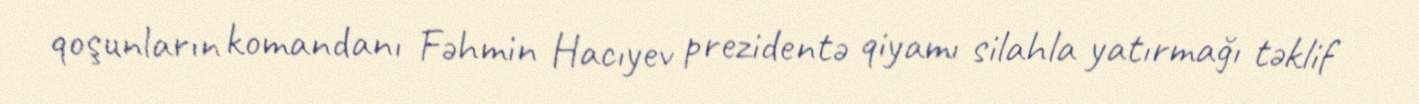
qoşunların komandanı Fəhmin Hacıyev prezidentə qiyamı silahla yatırmağı təklif